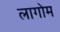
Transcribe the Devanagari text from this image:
लागोम